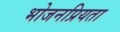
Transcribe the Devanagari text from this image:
भोजनप्रियता